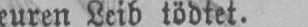
euren Leib tödtet.